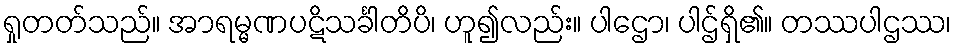
ရှုတတ်သည်။ အာရမ္မဏပဋိသင်္ခါတိပိ၊ ဟူ၍လည်း။ ပါဌော၊ ပါဌ်ရှိ၏။ တဿပါဌဿ၊